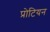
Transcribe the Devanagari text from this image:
प्रोटियन